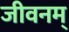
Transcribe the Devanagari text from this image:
जीवनम्‌